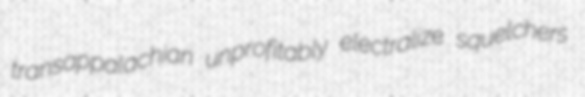
transappalachian unprofitably electralize squelchers